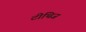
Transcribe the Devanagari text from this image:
टीथिज